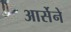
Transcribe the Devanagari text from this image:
आर्सेने